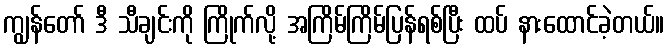
ကျွန်တော် ဒီ သီချင်းကို ကြိုက်လို့ အကြိမ်ကြိမ်ပြန်ရစ်ပြီး ထပ် နားထောင်ခဲ့တယ်။